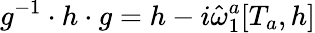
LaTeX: g^{-1}\cdot h\cdot g=h-i\hat{\omega}_{1}^{a}[T_{a},h]